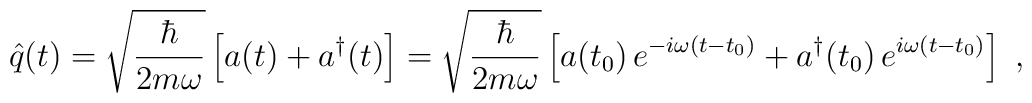
\hat{q}(t)=\sqrt{\frac{\hbar}{2m\omega}}\left[a(t)+a^\dagger(t)\right]=\sqrt{\frac{\hbar}{2m\omega}}\left[a(t_0)\,e^{-i\omega(t-t_0)}+a^\dagger(t_0)\,e^{i\omega(t-t_0)}\right]\ ,